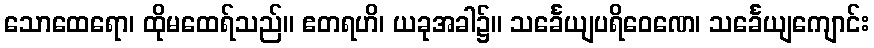
သောထေရော၊ ထိုမထေရ်သည်။ ဧတရဟိ၊ ယခုအခါ၌။ သင်္ခေယျပရိဝေဏေ၊ သင်္ခေယျကျောင်း